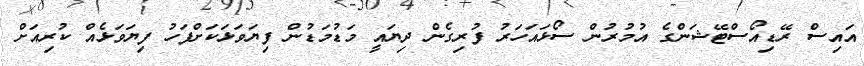
އައިސް ރޭޑިއޯސްޓޭޝަންގެ އުމުރުން ސޯޅައަހަރު ފުރިގެން ދިޔައީ މަޑުމަޑުން ފިޔަވަޅަކަށްފަހު ފިޔަވަޅެއް ކުރިއަށް